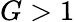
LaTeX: G>1